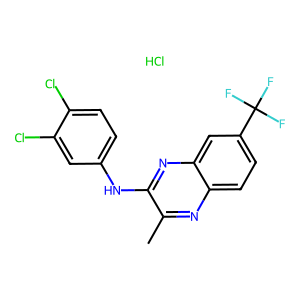
SMILES: Cc1nc2ccc(C(F)(F)F)cc2nc1Nc1ccc(Cl)c(Cl)c1.Cl
Inhibits HIV replication: No